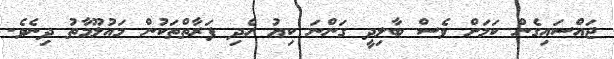
ޖައްސައިގެން ކަމަށް ވެސް ބާލިދީ ގަންނަ ކިޔު ހެދި ފަރާތްތަކުން މައުލޫމާތު ދިނެވެ.